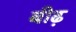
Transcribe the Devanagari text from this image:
बीढ़